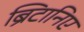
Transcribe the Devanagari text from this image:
ब्रिटानिए